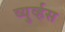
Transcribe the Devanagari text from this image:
व्युर्व्हस